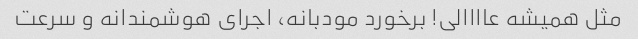
مثل همیشه عاااالی! برخورد مودبانه، اجرای هوشمندانه و سرعت